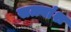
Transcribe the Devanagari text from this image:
सत्त्वांश